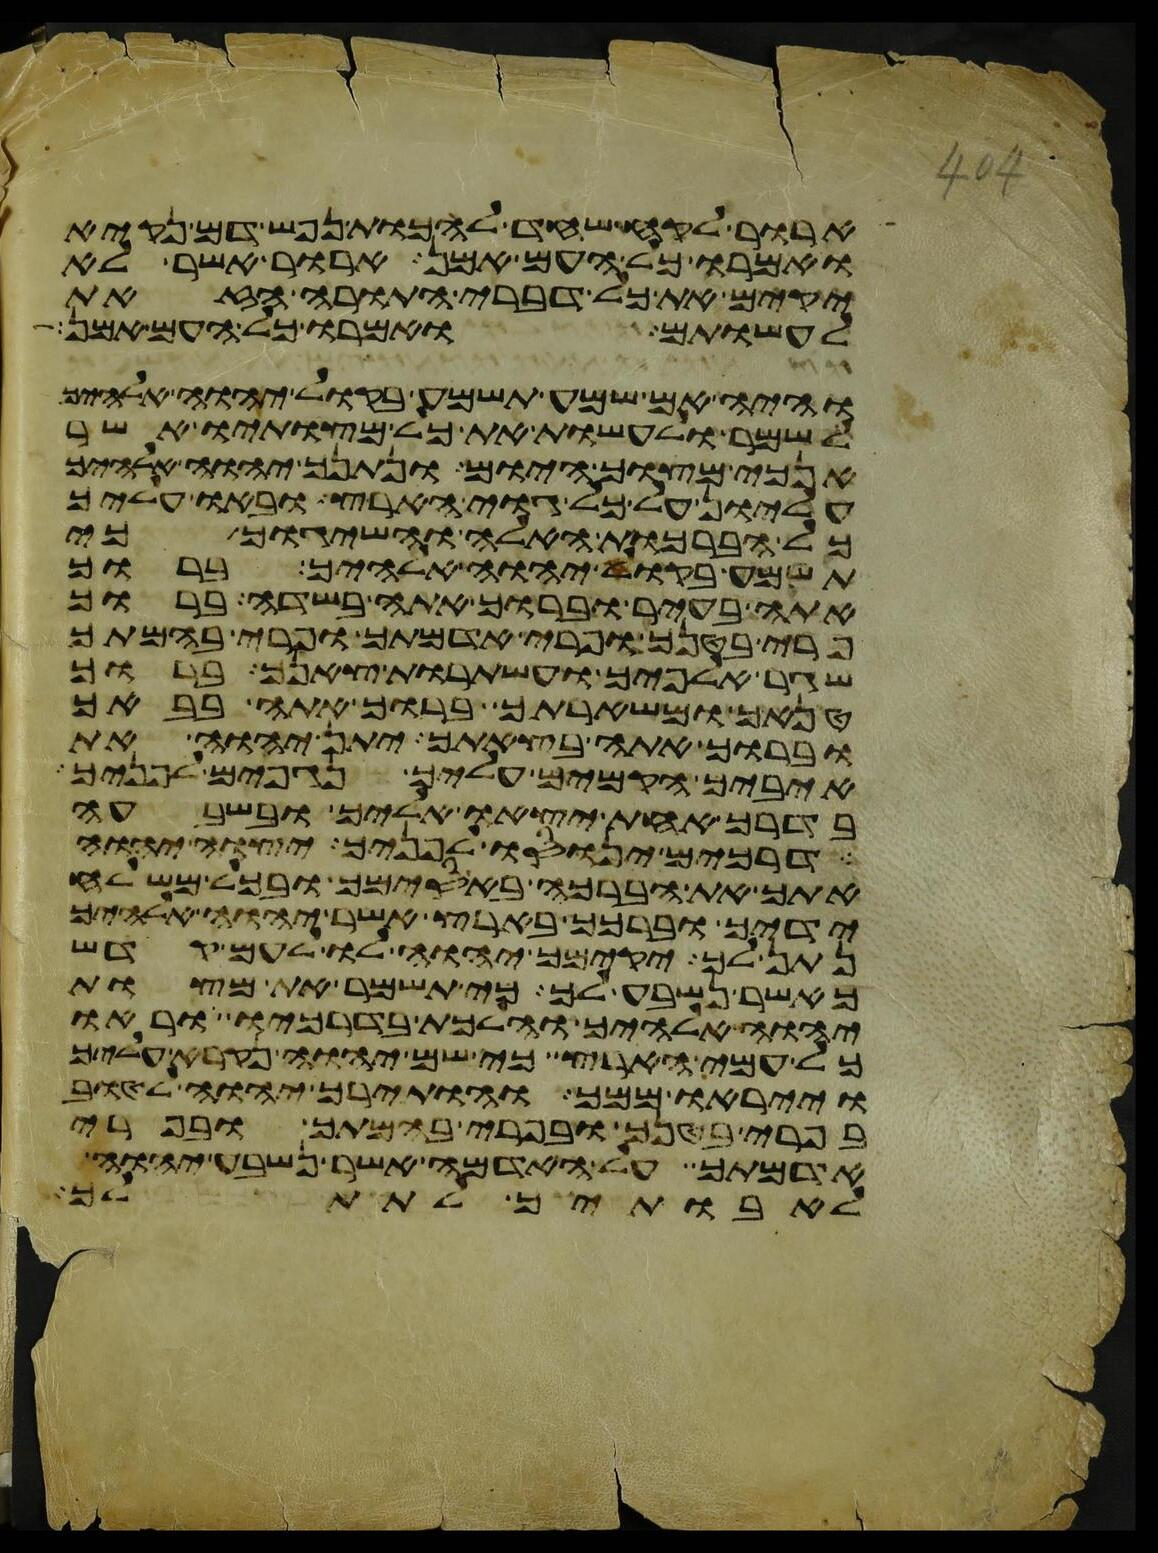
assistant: ארור לקח שחד להכות נפש דם נקיא
ואמרו כל העם אמן ארור אשר לא
יקים את כל דברי התורה הזאת
לעשותם ואמרו כל העם אמן
והיה אם שמע תשמע בקול יהוה אלהיך
לשמר לעשות את כל מצותיו אשר
אנכי מצוך היום ונתנך יהוה אלהיך
עליון על כל גוי הארץ ובאו עליך
כל הברכות האלה והשיגוך כי
תשמע בקול יהוה אלהיך ברוך
אתה בעיר וברוך אתה בשדה ברוך
פרי בטנך ופרי אדמתך ופרי בהמתך
שגר אלפיך ועשתרות צאנך ברוך
טנאך ומשארתך ברוך אתה בבאך
וברוך אתה בצאתך יתן יהוה את
איביך הקמים עליך נגפים לפניך
בדרך אחת יצאו אליך ובשבעה
דרכים ינוסו לפניך יצוה יהוה
אתך את הברכה באסימך ובכל משלח
ידיך וברכך בארץ אשר יהוה אלהיך
נתן לך יקימך יהוה לו לעם קדש
כאשר נשבע לך כי תשמר את מצות
יהוה אלהיך והלכת בדרכיו וראו
כל עמי הארץ כי שם יהוה נקרא עליך
וייראו ממך והותירך יהוה לטוב
בפרי בטנך ובפרי בהמתך ובפרי
אדמתך על האדמה אשר נשבע יהוה
לאבתיך לתת לך